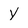
Character: Y